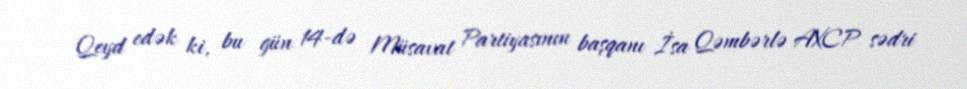
Qeyd edək ki, bu gün 14-də Müsavat Partiyasının başqanı İsa Qəmbərlə AXCP sədri